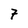
Character: 7